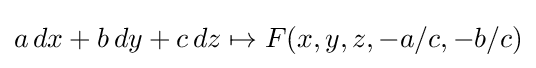
a\,dx+b\,dy+c\,dz\mapsto F(x,y,z,-a/c,-b/c)